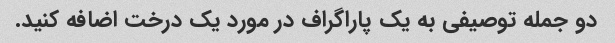
دو جمله توصیفی به یک پاراگراف در مورد یک درخت اضافه کنید.